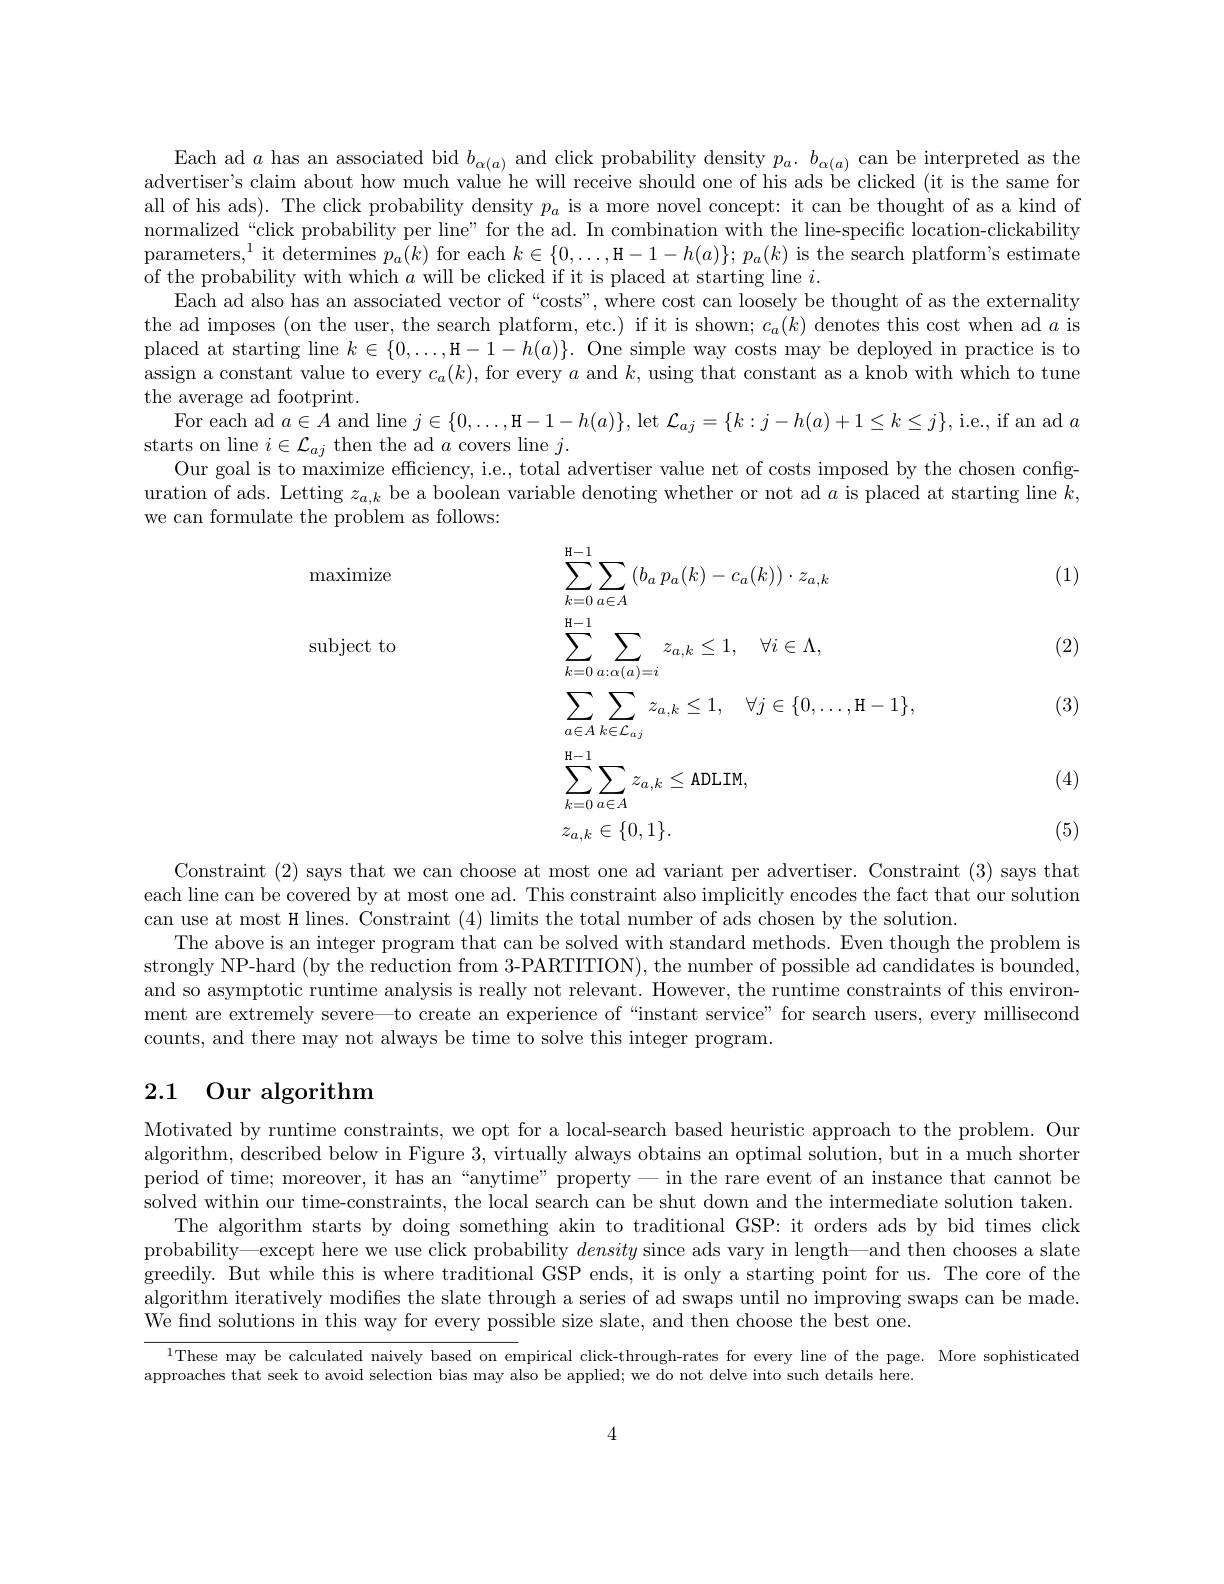
Each ad $a$ has an associated bid $b_\alpha(a)$ and click probability density $p_a.b_{\alpha(a)}$ can be interpreted as the advertiser's claim about how much valué he will receive should one of his ads bé clicked (it is the same for all of his ads). The click probability density $p_a$ is a more novel concept: it can be thought of as a kind of normalized“click probability per line”for the ad. In combination with the line-specific location-clickability parameters,$^1$ it determines $p_a(k)$ for each $k\in\{0,\ldots$,H$-1-h(a)\};p_a(k)$ is the search platform's estimate of the probability with which $a$ will be clicked if it is placed at starting line $i.$
Each ad also has an associated vector of “costs", where cost can loosely be thought of as the externality the ad imposes (on the user, the search platform, etc.) if it is shown; $c_a(k)$ denotes this cost when ad $a$ is placed at starting $\operatorname*{line}k\in\{0,\ldots$,H$-1-h(a)\}.$ One simple way costs may be deployed in practice is to assign a constant value to every $c_a(k)$, for every $a$ and $k$, using that constant as a knob with which to tune the average ad footprint.
For each ad $a\in A$ and line $j\in \{ 0, \ldots , \textbf{H}- 1- h( a) \} $, let $\mathcal{L}_aj=\{k:j-h(a)+1\leq k\leq j\}$, i.e., if an ad $a$
starts on line $i\in\mathcal{L}_{aj}$ then the ad $a$ covers line $j.$
Our goal is to maximize efficiency, i.e., total advertiser value net of costs imposed by the chosen configuration of ads. Letting $z_{a,k}$ be a boolean variable denoting whether or not ad $a$ is placed at starting line $k$, we can formulate the problem as follows:

maximize

(1)

(2)

subject to
$$\begin{aligned}&\sum_{k=0}^{\mathrm{H-1}}\sum_{a\in A}\left(b_{a}\:p_{a}(k)-c_{a}(k)\right)\cdot z_{a,k}\\&\sum_{k=0}^{\mathrm{H-1}}\sum_{a:\alpha(a)=i}z_{a,k}\leq1,\quad\forall i\in\Lambda,\\&\sum_{a\in A}\sum_{k\in\mathcal{L}_{aj}}z_{a,k}\leq1,\quad\forall j\in\{0,\ldots,\mathrm{H}-1\},\\&\sum_{k=0}^{\mathrm{H-1}}\sum_{a\in A}z_{a,k}\leq\mathrm{ADLIM},\\&z_{a,k}\in\{0,1\}.\end{aligned}$$
(3)

(4)

(5)

Constraint (2) says that we can choose at most one ad variant per advertiser. Constraint (3) says that each line can be covered by at most one ad. This constraint also implicitly encodes the fact that our solution can use at most H lines. Constraint (4) limits the total number of ads chosen by the solution.
The above is an integer program that can be solved with standard methods. Even though the problem is strongly NP-hard (by the reduction from 3-PARTITION), the number of possible ad candidates is bounded, and so asymptotic runtime analysis is really not relevant. However, the runtime constraints of this environment are extremely severe—to create an experience of “instant service” for search users, every millisecond counts, and there may not always be time to solve this integer program.

# 2.1 Our algorithm

Motivated by runtime constraints, we opt for a local-search based heuristic approach to the problem. Our algorithm, described below in Figure 3, virtually always obtains an optimal solution, but in a much shorter period of time; moreover, it has an “anytime” property— in the rare event of an instance that cannot be solved within our time-constraints, the local search can be shut down and the intermediate solution taken.
The algorithm starts by doing something akin to traditional GSP: it orders ads by bid times click probability—except here we use click probability density since ads vary in length—and then chooses a slate greedily. But while this is where traditional GSP ends, it is only a starting point for us. The core of the algorithm iteratively modifies the slate through a series of ad swaps until no improving swaps can be made. $\bar{\text{We find solutions in this way for every possible size slate, and then choose the best one.}}$

$^{1}$These may be calculated naively based on empirical click-through-rates for every line of the page. More sophisticated

approaches that seek to avoid selection bias may also be applied; we do not delve into such details here.

4